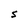
Character: S